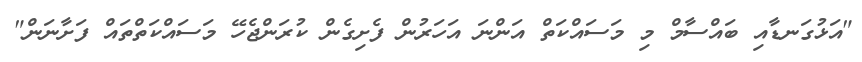
"އަޅުގަނޑާއި ބައްސާމް މި މަސައްކަތް އަންނަ އަހަރުން ފެށިގެން ކުރަންޖެހޭ މަސައްކަތްތައް ފަށާނަން"